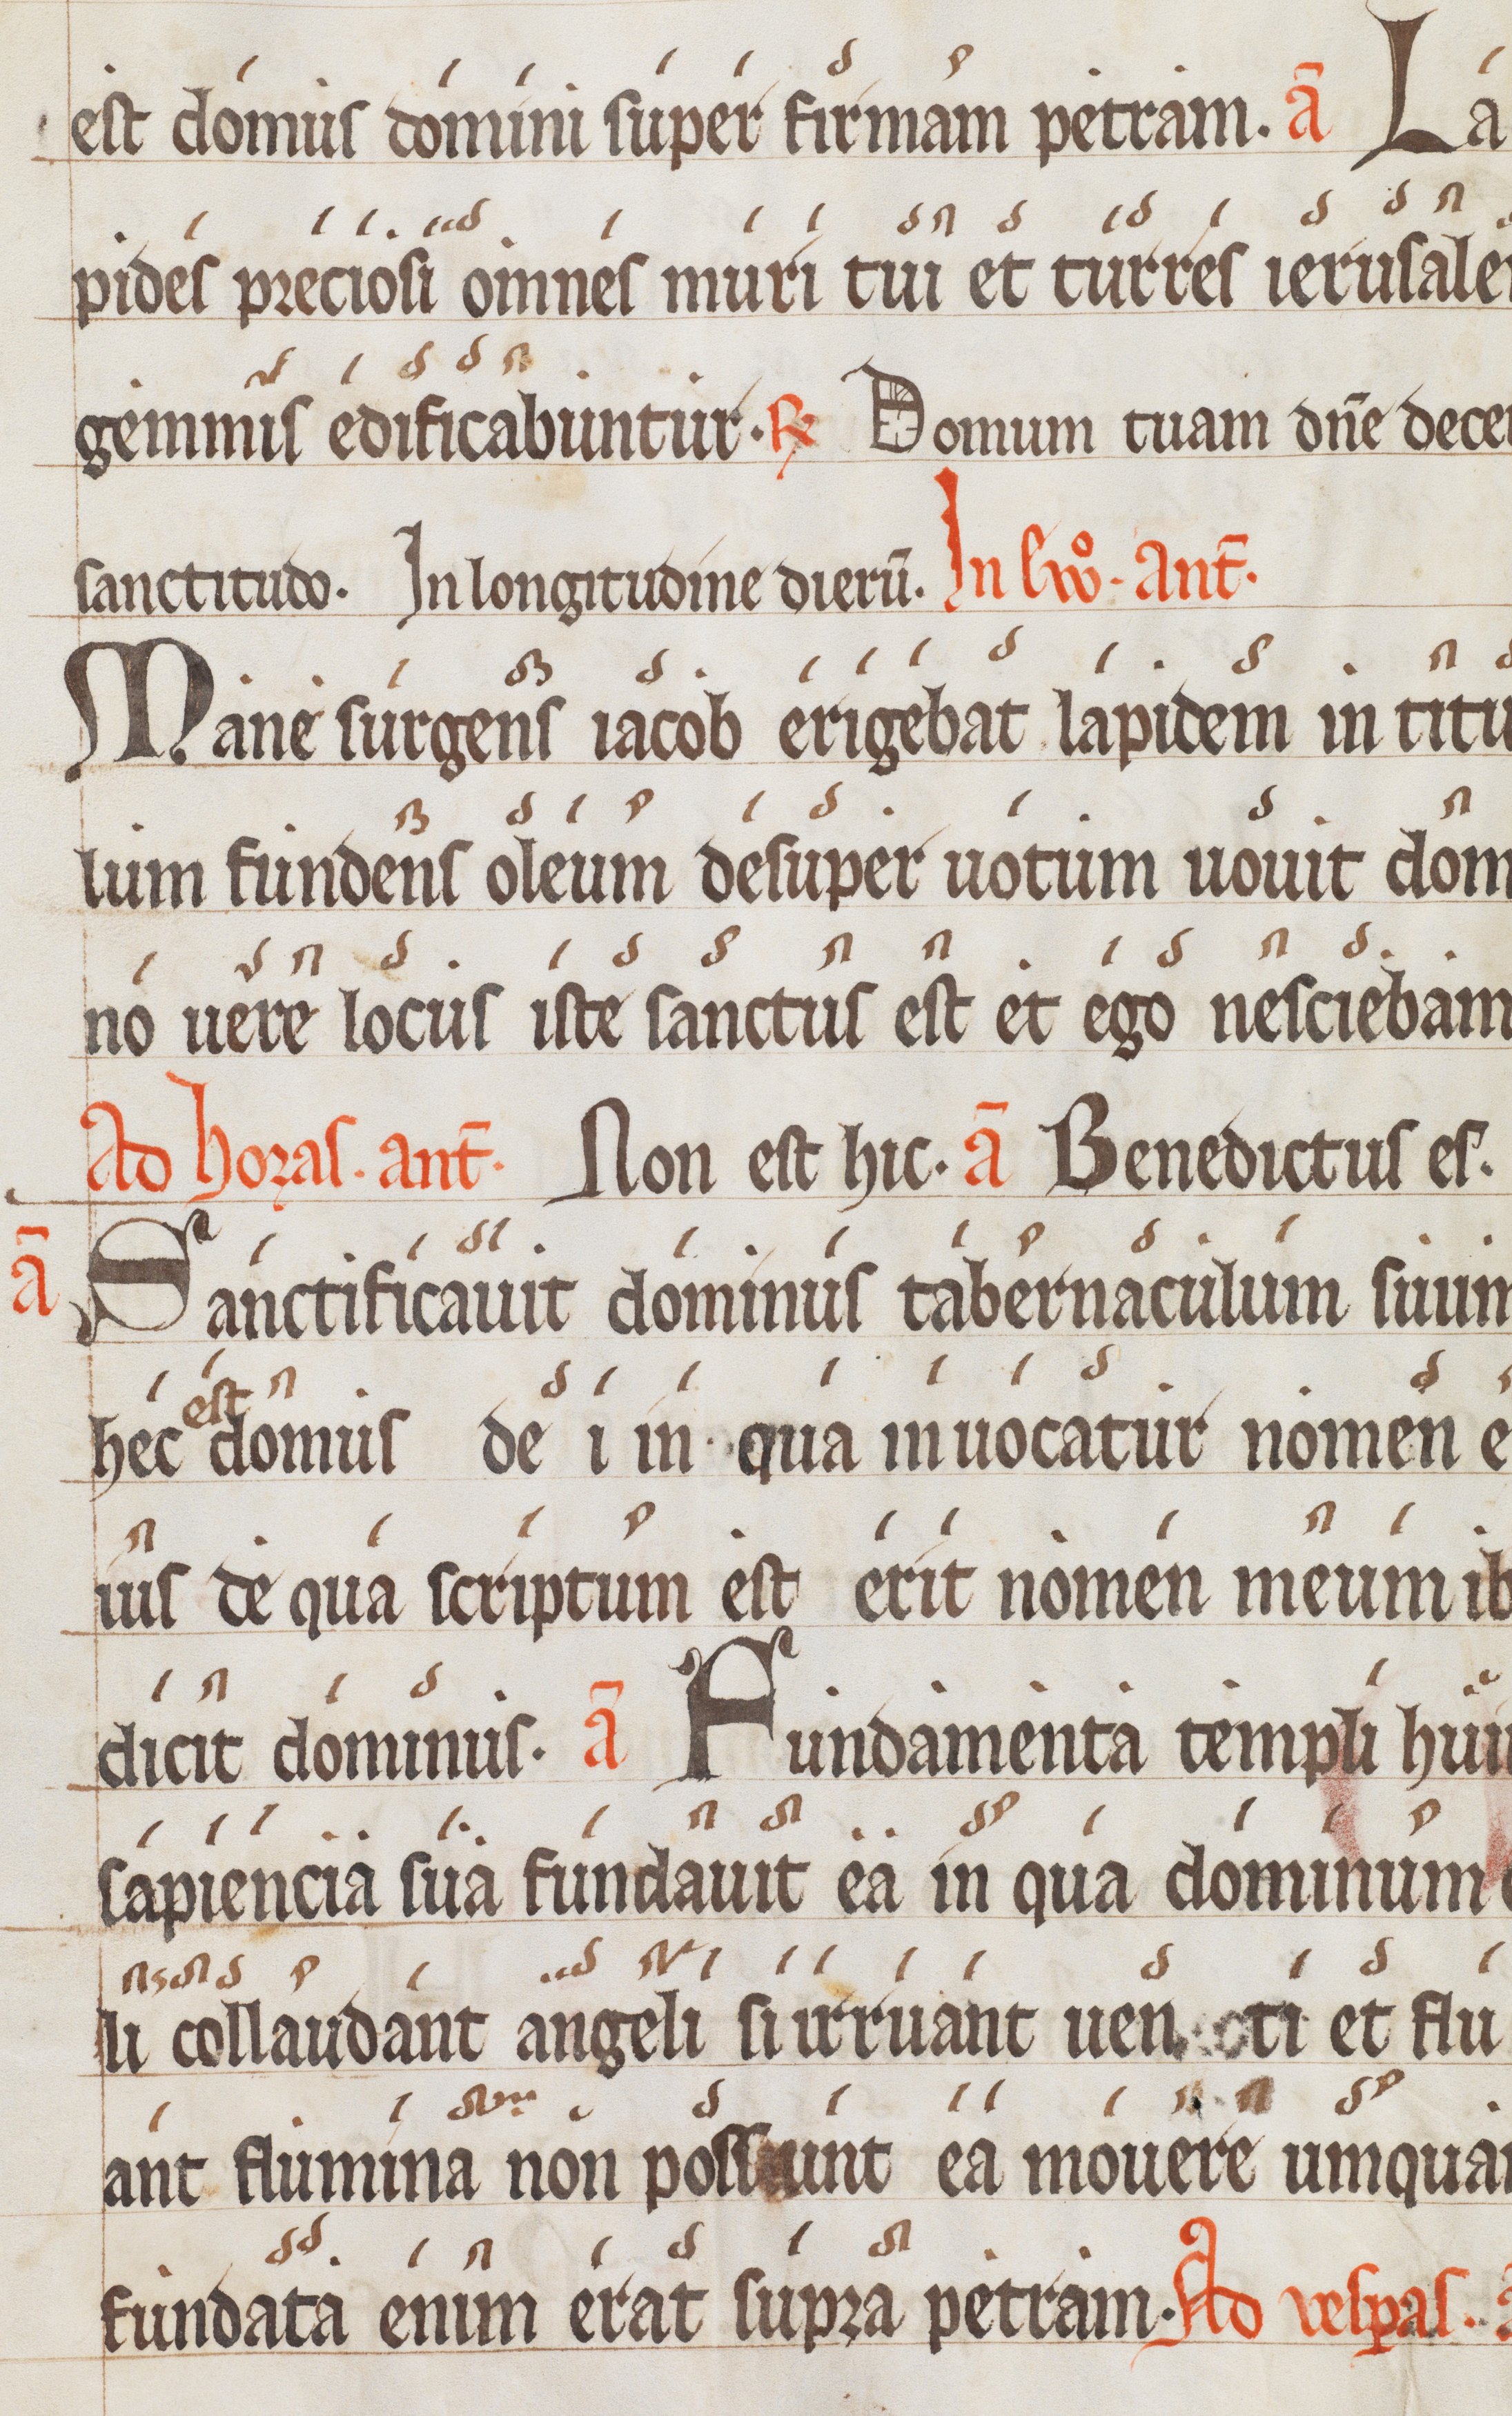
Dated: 1300–1399